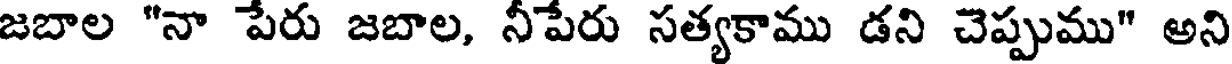
జబాల "నా పేరు జబాల, నీపేరు సత్యకాము డని చెప్పుము" అని